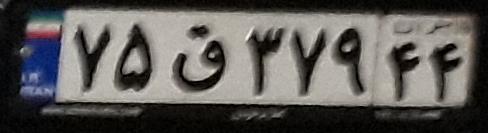
۷۵ق۳۷۹۴۴